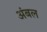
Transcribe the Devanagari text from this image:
अंबल